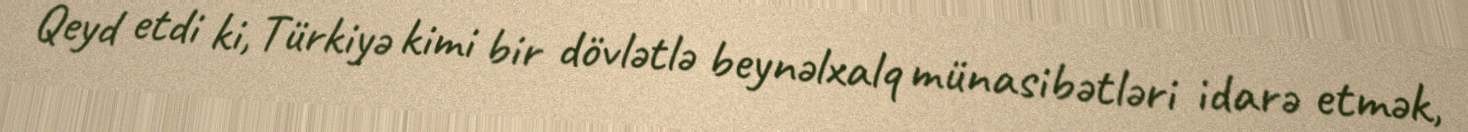
Qeyd etdi ki, Türkiyə kimi bir dövlətlə beynəlxalq münasibətləri idarə etmək,